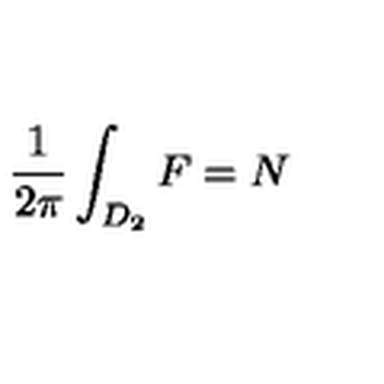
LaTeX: \frac { 1 } { 2 \pi } \int _ { D _ { 2 } } F = N